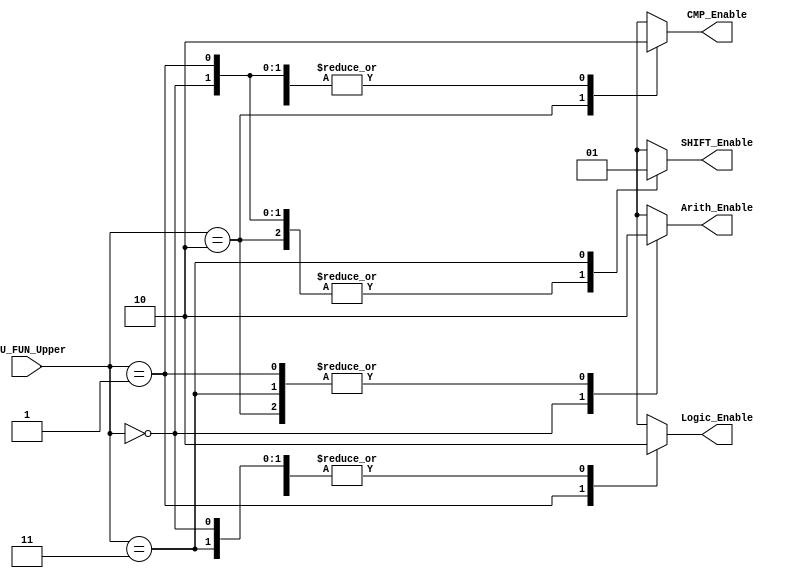
module Decoder (
    input wire [1:0] ALU_FUN_Upper,
    output reg Arith_Enable, Logic_Enable, CMP_Enable, SHIFT_Enable
);
    
    always @(*) begin
        Arith_Enable = 1'b0;
        Logic_Enable = 1'b0;
        CMP_Enable = 1'b0;
        SHIFT_Enable = 1'b0;
        case (ALU_FUN_Upper)
            2'b00: Arith_Enable = 1'b1;
            2'b01: Logic_Enable = 1'b1;
            2'b10: CMP_Enable = 1'b1;
            2'b11: SHIFT_Enable = 1'b1;
        endcase
    end

endmodule